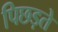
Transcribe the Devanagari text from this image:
पिछड़ते